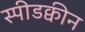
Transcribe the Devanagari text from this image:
स्पीडक्वीन